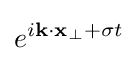
e^{i\mathbf {k} \cdot \mathbf {x} _{\bot }+\sigma t}